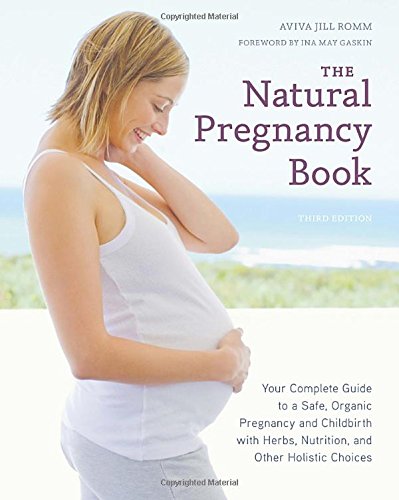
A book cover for The Natural Pregnancy Book, Third Edition: Your Complete Guide to a Safe, Organic Pregnancy and Childbirth with Herbs, Nutrition, and Other Holistic Choices; Aviva Jill Romm; Parenting & Relationships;